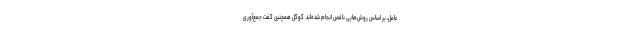
‌عامل، بر اساس روش‌هایی ناقص انجام شده‌اند. گوگل همچنین گفت جمع‌‌آوری